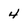
Character: 4